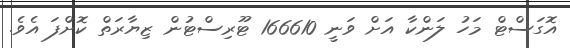
އޮގަސްޓް މަހު ލަންކާ އަށް ވަނީ 166610 ޓޫރިސްޓުން ޒިޔާރަތް ކޮށްފަ އެވެ.